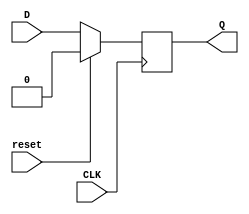
module sync_d_ff (D, CLK , reset , Q); //creating D-flipflop
input D , CLK, reset;  // inputting the reset and the clck and the D input
output reg Q;
always@(posedge CLK)begin
    if(reset)begin
        Q<=0;
    end else begin
        Q<=D;
    end
end
endmodule